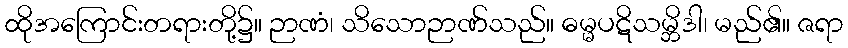
ထိုအကြောင်းတရားတို့၌။ ဉာဏံ၊ သိသောဉာဏ်သည်။ ဓမ္မပဋိသမ္ဘိဒါ၊ မည်၏။ ဇရာ